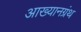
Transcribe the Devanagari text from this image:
आख्यानग्रंथ